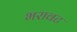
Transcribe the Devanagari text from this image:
भरावट